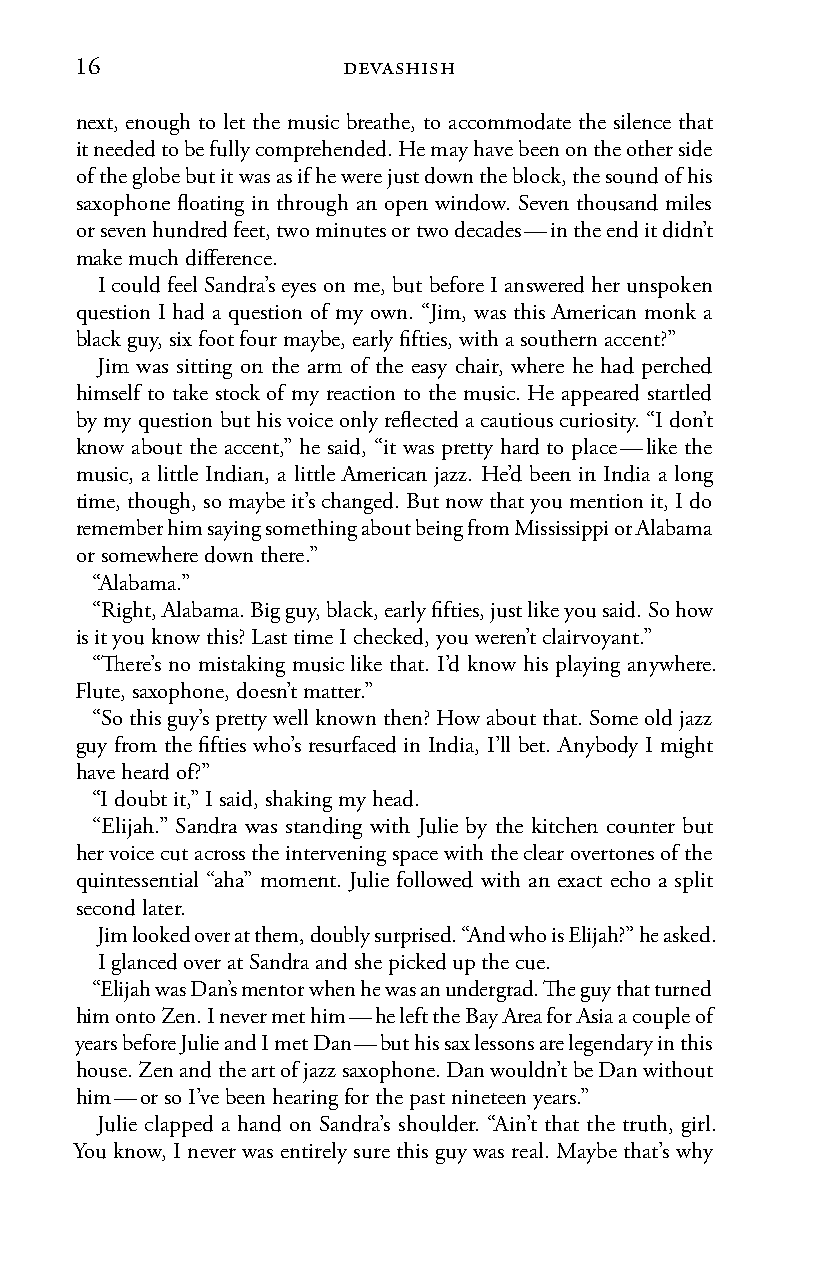
16                devashish
 next, enough to let the music breathe, to accommodate the silence that
 it needed to be fully comprehended. He may have been on the other side
 of the globe but it was as if he were just down the block, the sound of his
 saxophone floating in through an open window. Seven thousand miles
 or seven hundred feet, two minutes or two decades — in the end it didn’t
 make much difference.
 I could feel Sandra’s eyes on me, but before I answered her unspoken
 question I had a question of my own. “Jim, was this American monk a
 black guy, six foot four maybe, early fifties, with a southern accent?”
 Jim was sitting on the arm of the easy chair, where he had perched
 himself to take stock of my reaction to the music. He appeared startled
 by my question but his voice only reflected a cautious curiosity. “I don’t
 know about the accent,” he said, “it was pretty hard to place — like the
 music, a little Indian, a little American jazz. He’d been in India a long
 time, though, so maybe it’s changed. But now that you mention it, I do
 remember him saying something about being from Mississippi or Alabama
 or somewhere down there.”
 “Alabama.”
 “Right, Alabama. Big guy, black, early fifties, just like you said. So how
 is it you know this? Last time I checked, you weren’t clairvoyant.”
 “There’s no mistaking music like that. I’d know his playing anywhere.
 Flute, saxophone, doesn’t matter.”
 “So this guy’s pretty well known then? How about that. Some old jazz
 guy from the fifties who’s resurfaced in India, I’ll bet. Anybody I might
 have heard of?”
 “I doubt it,” I said, shaking my head.
 “Elijah.” Sandra was standing with Julie by the kitchen counter but
 her voice cut across the intervening space with the clear overtones of the
 quintessential “aha” moment. Julie followed with an exact echo a split
 second later.
 Jim looked over at them, doubly surprised. “And who is Elijah?” he asked.
 I glanced over at Sandra and she picked up the cue.
 “Elijah was Dan’s mentor when he was an undergrad. The guy that turned
 him onto Zen. I never met him — he left the Bay Area for Asia a couple of
 years before Julie and I met Dan — but his sax lessons are legendary in this
 house. Zen and the art of jazz saxophone. Dan wouldn’t be Dan without
 him — or so I’ve been hearing for the past nineteen years.”
 Julie clapped a hand on Sandra’s shoulder. “Ain’t that the truth, girl.
 You know, I never was entirely sure this guy was real. Maybe that’s why